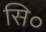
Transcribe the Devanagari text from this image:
सि०